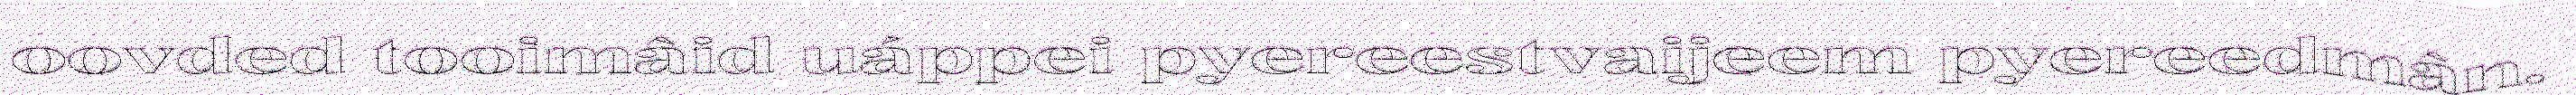
oovded tooimâid uáppei pyereestvaijeem pyereedmân.